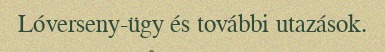
Lóverseny-ügy és további utazások.